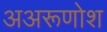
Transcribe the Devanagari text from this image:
अअरूणोश